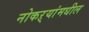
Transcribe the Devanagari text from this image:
नोकऱ्यांमधील